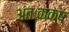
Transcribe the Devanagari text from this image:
अंतःकक्ष